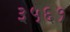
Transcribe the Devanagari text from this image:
३५६१